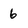
Character: 6